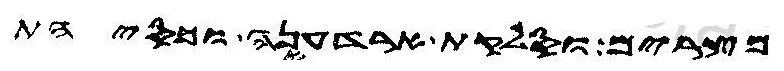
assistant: מצרים וסלקת ארדעניה וכסיהת